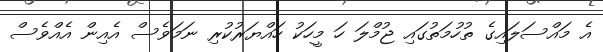
އެ މައްސަލައިގެ ތުހުމަތުގައި ޖުމްލަ ހަ މީހަކު ހައްޔަރުކުރި ނަމަވެސް އެއިން އެއްވެސް